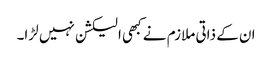
ان کے ذاتی ملازم نے کبھی الیکشن نہیں لڑا۔